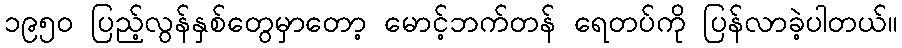
၁၉၅ဝ ပြည့်လွန်နှစ်တွေမှာတော့ မောင့်ဘက်တန် ရေတပ်ကို ပြန်လာခဲ့ပါတယ်။